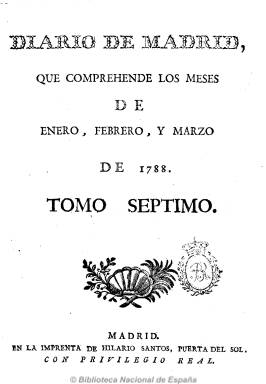
Título: Diario de Madrid (Madrid. 1788)
Colección: Periódicos anteriores a 1850
Ámbito geográfico: Madrid
Lugar de publicación: Madrid
Fechas: 01/01/1788-31/03/1825

Por primera vez, el Diario noticioso, curioso, erudito… que fundara en 1758 Francisco Mariano Nipho, recoge en su título, a partir del uno de enero de 1788, el nombre de la ciudad en donde se edita. La cabecera del primer diario español continuará imprimiéndose, con privilegio real, como el resto de la prensa española del XVIII, en este caso, por el que se considera heredero de Nipho, Santiago Thevin, al que sucederá, tras su muerte, su hijo del mismo nombre, hasta abril de 1824. Su objetivo será “despertar la aplicación y el gusto por el estudio de todas las clases de ciudadanos”, tal como se indica en el prólogo de esta su tercera etapa, de la que habría que resaltar su carácter eminentemente oficialista, pues, junto a los oficiales Gaceta de Madrid y Mercurio de España, en manos directas de la Corona, será la única publicación periódica que se salve de los decretos de supresión que sufrirá la prensa española en su evolución desde el Antiguo Régimen a los dos primeros periodos constitucionalistas del primer tercio del siglo XIX.

Así, para evitar el contagio de la Revolución Francesa, y al objeto de impedir la difusión de “muchas especies perjudiciales”, la real resolución del 24 de febrero de 1791 promulgará la supresión de todos los periódicos, excepto los dos oficiales ya citados y el Diario de Madrid de pérdidas y hallazgos, ciñéndose a los hechos y sin que en él se puedan poner versos, ni otras especies políticas de cualquier clase”. La misma supresión y salvedades ocurrirá con el real decreto de dos de mayo de 1815, tras el regreso de Fernando VII y la conclusión del primer periodo constitucionalista español, y con la real orden de 30 de enero de 1824, que prohíbe la publicación de periódicos, a excepción de la Gaceta, el Mercurio y el Diario, tras el segundo periodo constitucionalista liberal (1820-1823).

También su “dependencia” de la estructura estatal se verá reflejada cuando al entrar las tropas francesas en Madrid, en mayo de 1808, el Diario, junto a la Gaceta de Madrid, sean incautados y obligados a servir a la causa napoleónica. Así desde el 10 de mayo hasta el 17 de junio de este año quedará en manos directas del Gobierno bonapartista e, incluso, desde el 18 de junio al siete de agosto, saldrá en lugar de la propia oficial Gaceta.

El Diario continuará en esta etapa con la estructura que ya le había dado Nipho desde su primera aparición, dotada del elemento del periodismo moderno, la separación clara entre opinión e información. Seguirá apareciendo incluso domingos y festivos, en números de cuatro páginas, a una columna para los artículos, y a dos para las noticias. Dado su carácter oficialista, se le calificó ya en su tiempo de “anodino e insulso”, aunque para María Dolores Sáiz ya adquiere una nueva dimensión periodística más en la línea con las nuevas demandas informativas.

Sigue comenzando con el santoral y las observaciones meteorológicas y notas astronómicas. Los artículos versan sobre curiosidades, erudición, bellas, artes, literatura, comercio, economía, etc., especialmente a través del epígrafe “Cartas al diarista”. En sus “Noticias particulares de Madrid”, dará cabida a ventas, alquileres, traspasos, pérdidas, hallazgos, empleos (nodrizas, sirvientes), vacantes y nombramientos públicos, legislación, bibliografía, fiestas, teatros y otras noticias sueltas.

Entre sus colaboradores de esta etapa se encuentran Capmany y Cienfuegos, en 1808 lo era José María Carnerero, y a partir de 1815, Garnier, Díaz de Goneo, Abrial, Alenza y Brahamonde, entre otros, es decir, por literatos de segundo orden.

En 1788 salía de la imprenta de Hilario Santos, en la Puerta del Sol, y después de mucho tiempo sin mencionar en qué prensas se componía, tuvo imprenta propia o del Diario. En 1825 será continuado por Diario de avisos de Madrid, al sufrir el último cambio definitivo de su cabecera, que alcanzará su aparición hasta 1918, convirtiéndose en el título más longevo de la prensa española, si se exceptúa a la Gaceta de Madrid, después convertida en Diario Oficial del Estado.